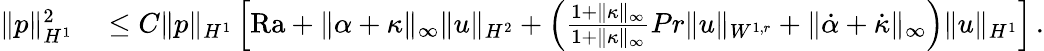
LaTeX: \begin{array}{rl}{\| p\| _{H^{1}}^{2}}&{{}\leq C\| p\| _{H^{1}}\left[\mathrm{{Ra}}+\| \alpha+\kappa\| _{\infty}\| u\| _{H^{2}}+\left(\frac{1+\| \kappa\| _{\infty}}{1+\| \kappa\| _{\infty}}{{Pr}}\| u\| _{W^{1,r}}+\| \dot{\alpha}+\dot{\kappa}\| _{\infty}\right)\| u\| _{H^{1}}\right]\, .}\end{array}